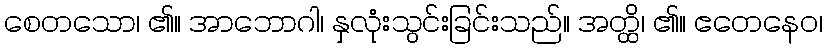
စေတသော၊ ၏။ အာဘောဂါ၊ နှလုံးသွင်းခြင်းသည်။ အတ္ထိ၊ ၏။ ဧတေနေဝ၊